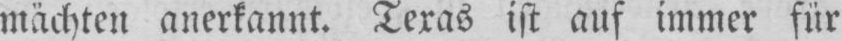
mächten anerkannt. Texas ist auf immer für